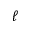
\ell